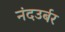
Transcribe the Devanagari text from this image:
नंदउर्बर